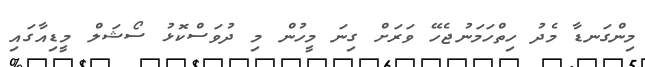
މިންގަނޑާ މެދު ހިތްހަމަނުޖެހޭ ވަރަށް ގިނަ މީހުން މި ދުވަސްކޮޅު ސޯޝަލް މީޑިއާގައި